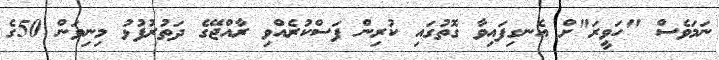
ނަމަވެސް "ހަވީރަ"ށް އެނގިފައިވާ ގޮތުގައި ކުރިން ފަސްކުރެއްވި ރާއްޖޭގެ ދަތުރުފުޅު މިނިވަން 50ގެ